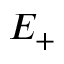
E _ { + }